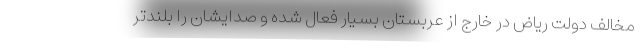
مخالف دولت ریاض در خارج از عربستان بسیار فعال شده و صدایشان را بلندتر